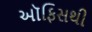
ઑફિસથી